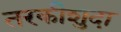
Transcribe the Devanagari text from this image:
तरकीशुदा